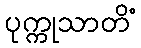
ပုက္ကုသာတိံ